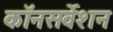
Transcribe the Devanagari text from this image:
कॉनसर्वेशन